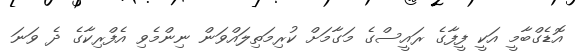
އޮޑެގްބާމީ އަކީ ފީފާގެ ރައީސްގެ މަގާމަށް ކުރިމަތިލައްވަން ނިންމެވި އެފްރިކާގެ ދެ ވަނަ